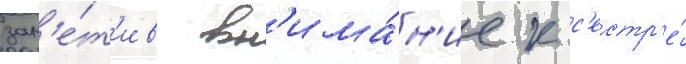
зам'е́т'ив вн'има́н'ие к с'естр'е́